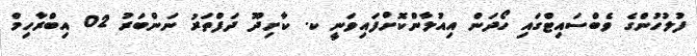
ފުލުހުންގެ ވެބްސައިޓްގައި ހޯދަން އިއުލާންކޮށްފައިވަނީ ކ. ކާށިދޫ ދަފްތަރު ނަންބަރު 02 އިބްރާހިމް